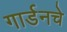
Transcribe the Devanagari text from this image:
गार्डनचे